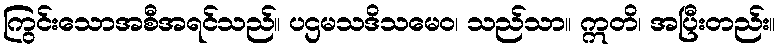
ကြွင်းသောအစီအရင်သည်။ ပဌမသဒိသမေဝ၊ သည်သာ။ ဣတိ၊ အပြီးတည်း။